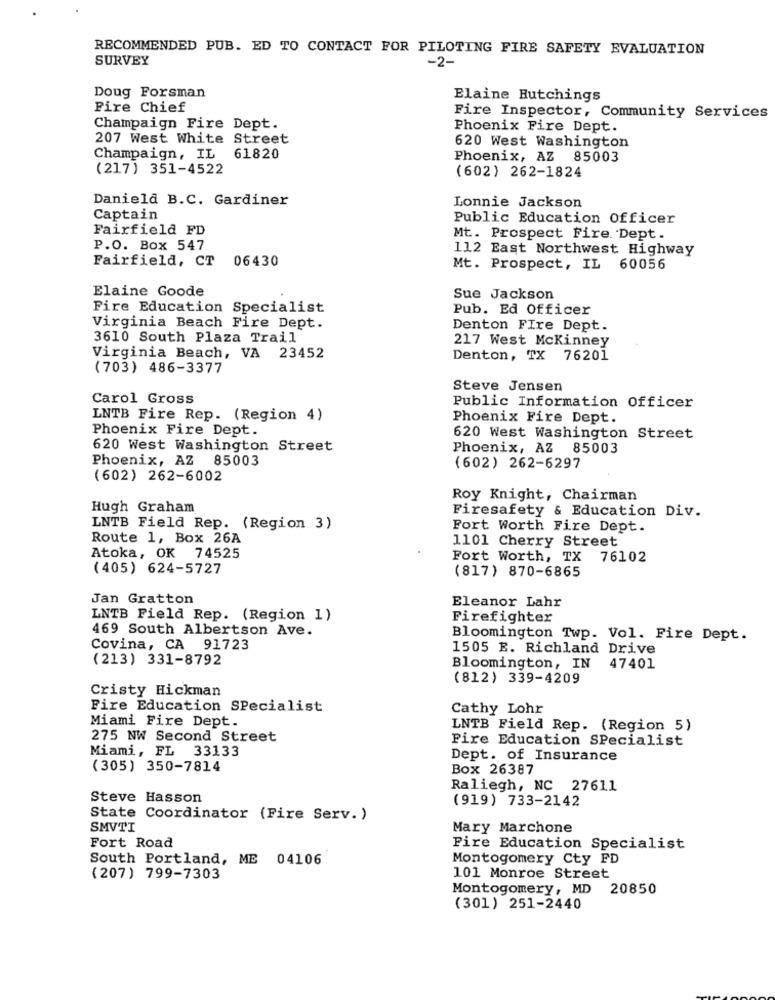
RECOMMENDED PUB. ED TO CONTACT FOR PILOTING FIRE SAFETY EVALUATION
SURVEY
-2-
Doug Forsman
Elaine Hutchings
Fire Chief
Fire Inspector, Community Services
Champaign Fire Dept.
Phoenix Fire Dept.
207 West White Street
620 West Washington
Champaign, IL
61820
Phoenix, AZ 85003
(217) 351-4522
(602) 262-1824
Daniela B.C. Gardiner
Lonnie Jackson
Captain
Public Education Officer
Fairfield FD
Mt. Prospect Fire Dept.
P.O. Box 547
112 East Northwest Highway
Fairfield, CT
06430
Mt. Prospect, IL 60056
Elaine Goode
Sue Jackson
Fire Education Specialist
Pub. Ed Officer
Virginia Beach Fire Dept.
Denton Fire Dept.
3610 South Plaza Trail
217 West Mckinney
Virginia Beach, VA 23452
Denton, TX 76201
(703) 486-3377
Steve Jensen
Carol Gross
Public Information Officer
LNTB Fire Rep. (Region 4)
Phoenix Fire Dept.
Phoenix Fire Dept.
620 West Washington Street
620 West Washington Street
Phoenix, AZ 85003
Phoenix, AZ 85003
(602) 262-6297
(602) 262-6002
Roy Knight, Chairman
Hugh Graham
Firesafety & Education Div.
LNTB Field Rep. (Region 3)
Fort Worth Fire Dept.
Route 1, Box 26A
1101 Cherry Street
Atoka, OK 74525
Fort Worth, TX 76102
(405) 624-5727
(817) 870-6865
Jan Gratton
Eleanor Lahr
LNTB Field Rep. (Region 1)
Firefighter
469 South Albertson Ave.
Bloomington Twp. Vol. Fire Dept.
Covina, CA 91723
1505 E. Richland Drive
(213) 331-8792
Bloomington, IN
47401
(812) 339-4209
Cristy Hickman
Fire Education Specialist
Cathy Lohr
Miami Fire Dept.
LNTB Field Rep. (Region 5)
275 NW Second Street
Fire Education SPecialist
Miami, FL 33133
Dept. of Insurance
(305) 350-7814
Box 26387
Raliegh, NC 27611
Steve Hasson
(919) 733-2142
State Coordinator (Fire Serv. )
SMVTI
Mary Marchone
Fort Road
Fire Education Specialist
South Portland, ME 04106
Montogomery Cty FD
(207) 799-7303
101 Monroe Street
Montogomery, MD
20850
(301) 251-2440